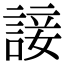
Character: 𧩕